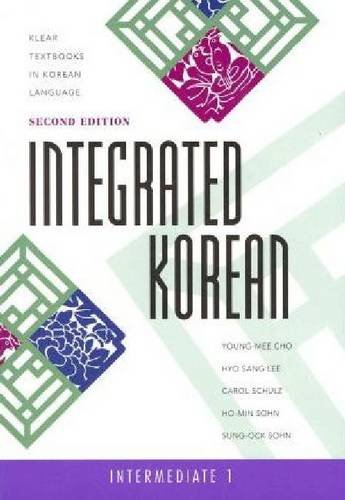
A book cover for Integrated Korean : Intermediate 1, 2nd (Klear Textbooks in Korean Language); Klear; Reference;